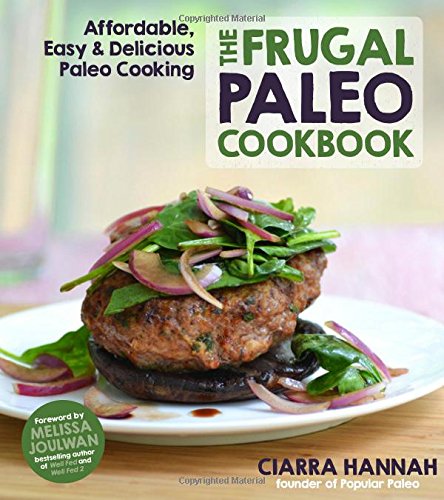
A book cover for The Frugal Paleo Cookbook: Affordable, Easy & Delicious Paleo Cooking; Ciarra Hannah; Cookbooks, Food & Wine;